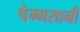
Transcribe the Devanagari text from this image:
पेम्मसानी